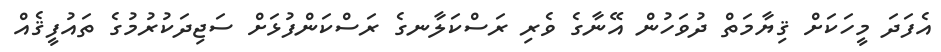
އެފަދަ މީހަކަށް ޤިޔާމަތް ދުވަހުން އޭނާގެ ވެރި ރަސްކަލާނގެ ރަސްކަންފުޅަށް ސަޖިދަކުރުމުގެ ތައުފީޤެއް